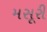
મસૂરી